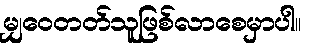
မျှဝေတတ်သူဖြစ်လာစေမှာပါ။